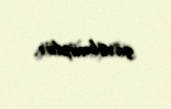
görülmüşdür.